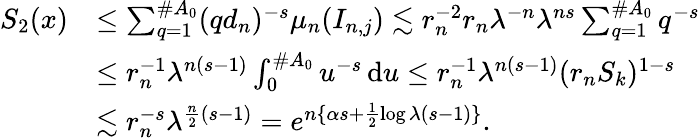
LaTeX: \begin{array}{rl}{S_{2}(x)}&{\le\sum_{q=1}^{\# A_{0}}(qd_{n})^{-s}\mu_{n}(I_{n,j})\lesssim r_{n}^{-2}r_{n}\lambda^{-n}\lambda^{ns}\sum_{q=1}^{\# A_{0}}q^{-s}}\\ &{\le r_{n}^{-1}\lambda^{n(s-1)}\int_{0}^{\# A_{0}}u^{-s}\, \mathrm{d}u\le r_{n}^{-1}\lambda^{n(s-1)}(r_{n}S_{k})^{1-s}}\\ &{\lesssim r_{n}^{-s}\lambda^{\frac{n}{2}(s-1)}=e^{n\{ \alpha s+\frac{1}{2}\log\lambda(s-1)\} }.}\end{array}